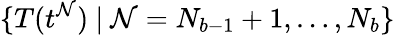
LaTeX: \{ T(t^{\mathcal{N}})\ |\ \mathcal{N}=N_{b-1}+1,\ldots,N_{b}\}